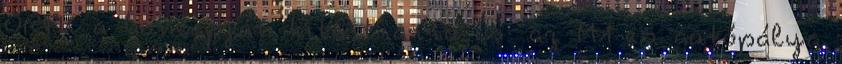
ORFK a honlapján kitért arra is: az M1-es autópálya